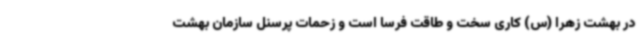
در بهشت زهرا (س) کاری سخت و طاقت فرسا است و زحمات پرسنل سازمان بهشت